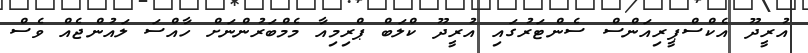
އުރީދޫ އެކްސްޕީރިއަންސް ސެންޓަރުގައި އުރީދޫ ކްލަބް ޕްރިމިއާ މެމްބަރުންނަށް ހާއްސަ ލައުންޖެއް ވެސް